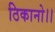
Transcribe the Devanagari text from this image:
ठिकानो।।